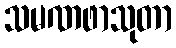
သမဏဖာသုတာ